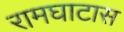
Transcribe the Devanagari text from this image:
रामघाटास